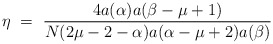
\begin{align*}\eta ~=~ \frac{4a(\alpha)a(\beta-\mu+1)}{N(2\mu-2-\alpha)a(\alpha-\mu+2) a(\beta)} \end{align*}